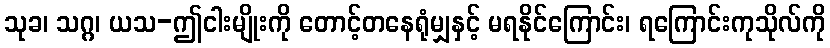
သုခ၊ သဂ္ဂ၊ ယသ-ဤငါးမျိုးကို တောင့်တနေရုံမျှနှင့် မရနိုင်ကြောင်း၊ ရကြောင်းကုသိုလ်ကို